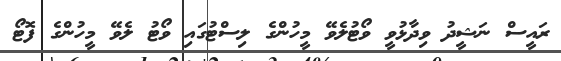
ރައީސް ނަޝީދު ވިދާޅުވީ ވޯޓުލެވޭ މީހުންގެ ލިސްޓުގައި ވޯޓު ލެވޭ މީހުންގެ ފޮޓޯ